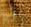
رؤيا